Scientific memoirs by medical officers of the Army of India - Part VI,
Year: 1891
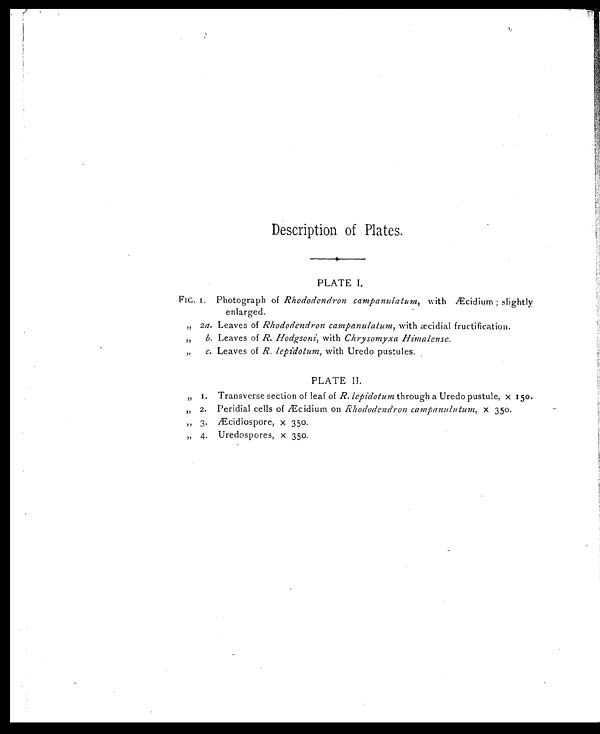
Description of Plates.
PLATE I.
FIG. 1. Photograph of Rhododendron campanulatum, with Æcidium; slightly,
enlarged.
„ 2a. Leaves of Rhododendron campanulatum , with æcidial fructification.
„ b. Leaves of R. Hodgsoni, with Chrysomyxa Himalense.
„ c. Leaves of R . lepidotum , with Uredo pustules.
PLATE II.
„
1. Transverse section of leaf of R. lepidotum through a Uredo pustule, x 150.
„ 2. Peridial cells of Æcidium on Rhododendron campanulutum, x 350.
„ 3. Æcidiospore, x 350.
„ 4. Uredospores, x 350.